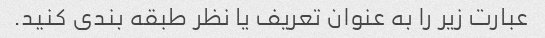
عبارت زیر را به عنوان تعریف یا نظر طبقه بندی کنید.